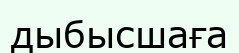
дыбысшаға